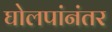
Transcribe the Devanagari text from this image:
घोलपांनंतर